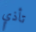
تأذي